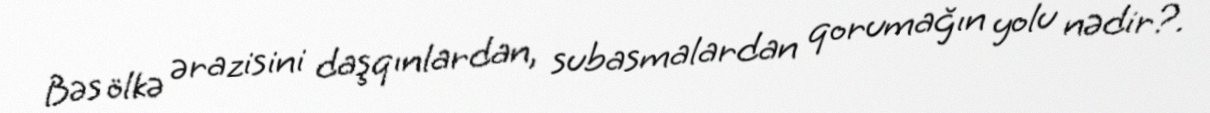
Bəs ölkə ərazisini daşqınlardan, subasmalardan qorumağın yolu nədir?.